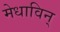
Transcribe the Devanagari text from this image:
मेधाविन्